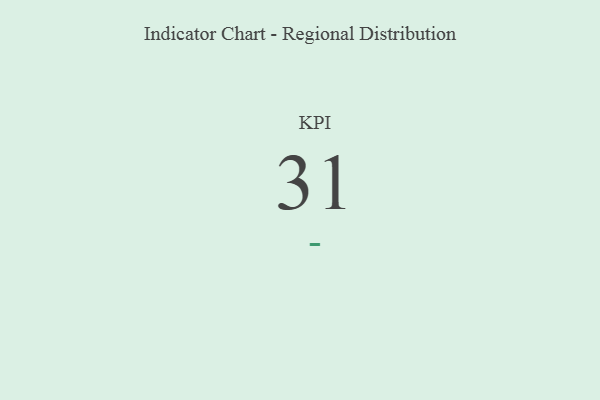
{"axis": {"x": "KPI", "y": "Value"}, "legend": [""], "data": [{"x": "KPI", "y": 31, "type": ""}]}